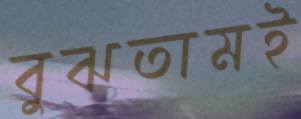
বুঝতামই